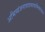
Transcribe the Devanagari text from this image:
अभिव्यंजनावादभावाभिव्यन्जना